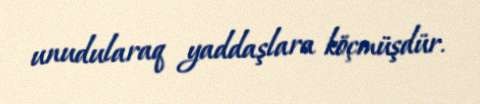
unudularaq yaddaşlara köçmüşdür.